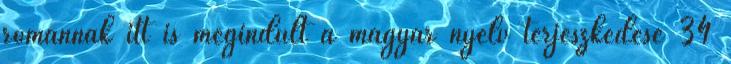
románnak itt is megindult a magyar nyelv terjeszkedése 34